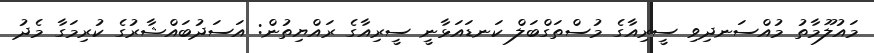
މައުލޫމާތު މުއްސަނދިވި ސީރިއާގެ މުސްތަގްބަލް ކަނޑައަޅާނީ ސީރިއާގެ ރައްޔިތުން: އަސަދުބައްޝާރުގެ ކުރިމަގާ މެދު